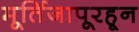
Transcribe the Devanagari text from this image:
मूर्तिजापूरहून